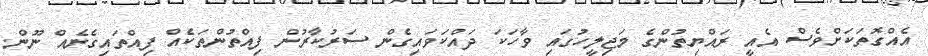
އެއްގޮތަކަށްވެސް އެއީ ރައްޔިތުންގެ މަޖިލީހުގައި ވާހަކަ ދައްކަވައިގެން ސަރުކާރުން ފިއްތުންތަކެއް ފިއްތައިގެނެއް ނޫން.